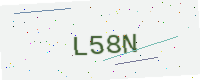
Text: L58N